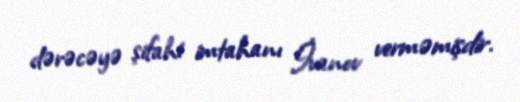
dərəcəyə şifahi imtahanı İvanov verməmişdir.